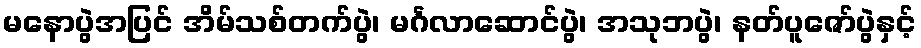
မနောပွဲအပြင် အိမ်သစ်တက်ပွဲ၊ မင်္ဂလာဆောင်ပွဲ၊ အသုဘပွဲ၊ နတ်ပူဇော်ပွဲနှင့်